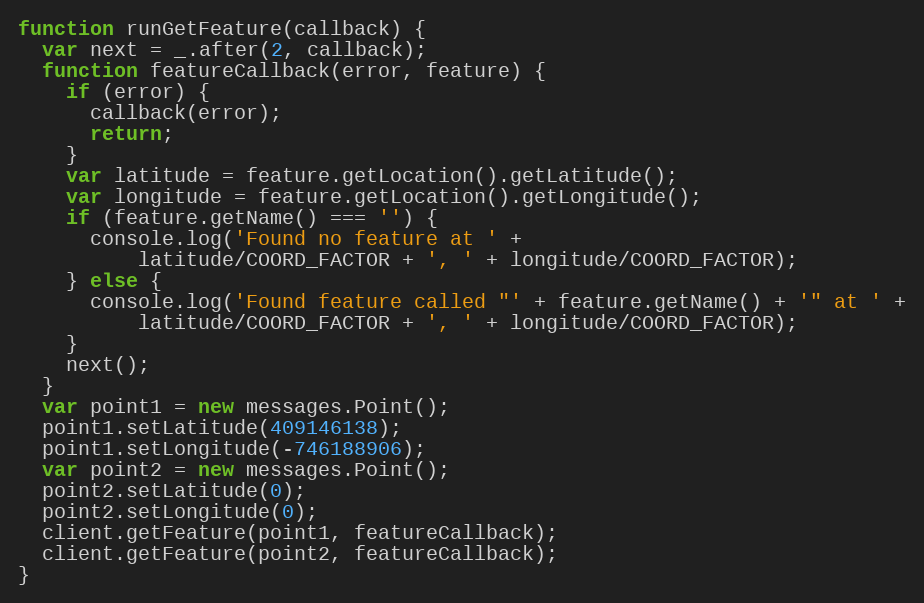
Language: JavaScript
function runGetFeature(callback) {
  var next = _.after(2, callback);
  function featureCallback(error, feature) {
    if (error) {
      callback(error);
      return;
    }
    var latitude = feature.getLocation().getLatitude();
    var longitude = feature.getLocation().getLongitude();
    if (feature.getName() === '') {
      console.log('Found no feature at ' +
          latitude/COORD_FACTOR + ', ' + longitude/COORD_FACTOR);
    } else {
      console.log('Found feature called "' + feature.getName() + '" at ' +
          latitude/COORD_FACTOR + ', ' + longitude/COORD_FACTOR);
    }
    next();
  }
  var point1 = new messages.Point();
  point1.setLatitude(409146138);
  point1.setLongitude(-746188906);
  var point2 = new messages.Point();
  point2.setLatitude(0);
  point2.setLongitude(0);
  client.getFeature(point1, featureCallback);
  client.getFeature(point2, featureCallback);
}